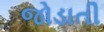
જોડાતી